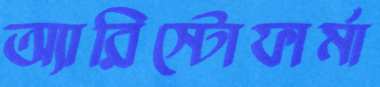
অ্যারিস্টোফার্মা